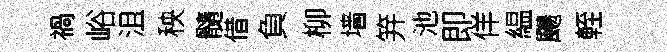
禍峪沮秧髓借負柳墙笄池即佯緼颺輊